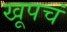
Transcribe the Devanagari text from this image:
खूपचं